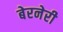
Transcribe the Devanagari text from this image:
बेरनेरी